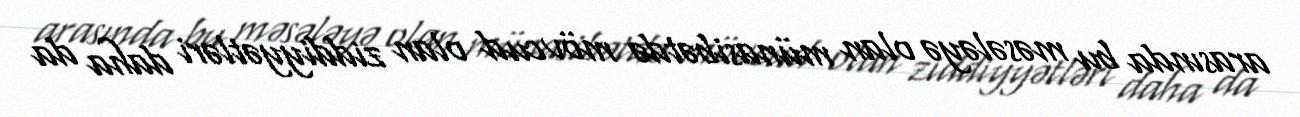
arasında bu məsələyə olan münasibətdə mövcud olan ziddiyyətləri daha da